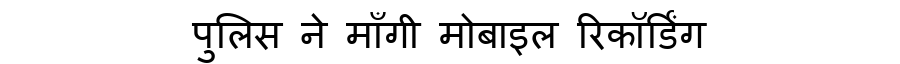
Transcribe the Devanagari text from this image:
पुलिस ने माँगी मोबाइल रिकॉर्डिंग